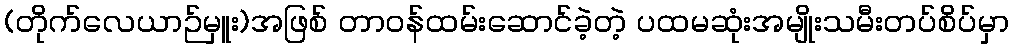
(တိုက်လေယာဉ်မှူး)အဖြစ် တာဝန်ထမ်းဆောင်ခဲ့တဲ့ ပထမဆုံးအမျိုးသမီးတပ်စိပ်မှာ